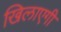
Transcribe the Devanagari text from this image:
खिलाएगी